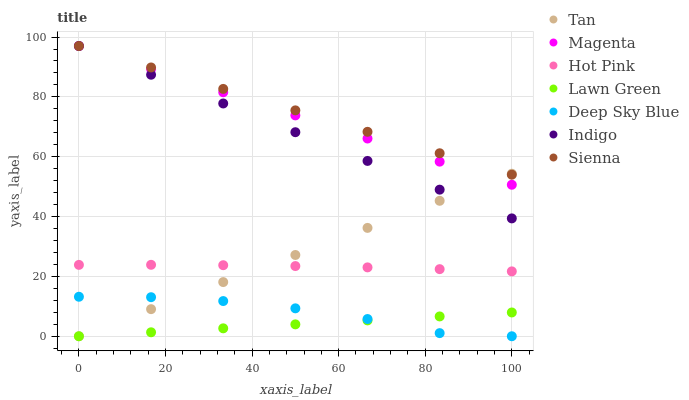
| xaxis_label | Tan | Magenta | Hot Pink | Lawn Green | Deep Sky Blue | Indigo | Sienna |
 | --- | --- | --- | --- | --- | --- | --- | --- |
 | 0 | 0 | 97 | 23.9 | 0 | 13.2 | 97 | 97 |
 | 16.7 | 9.05 | 89.3 | 23.9 | 1.32 | 13.1 | 87.4 | 89.8 |
 | 33.3 | 18.1 | 81.5 | 23.7 | 2.65 | 11.8 | 77.8 | 82.7 |
 | 50 | 27.2 | 73.8 | 23.5 | 3.97 | 9.33 | 68.2 | 75.5 |
 | 66.7 | 36.2 | 66.1 | 23 | 5.3 | 5.76 | 58.6 | 68.3 |
 | 83.3 | 45.3 | 58.4 | 22.4 | 6.62 | 1.04 | 49 | 61.2 |
 | 100 | 54.3 | 50.6 | 21.7 | 7.95 | 0 | 39.4 | 54 |